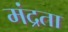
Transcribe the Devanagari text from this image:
मंद्रता